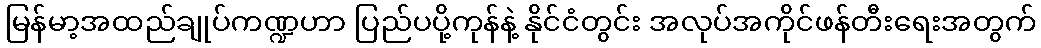
မြန်မာ့အထည်ချုပ်ကဏ္ဍဟာ ပြည်ပပို့ကုန်နဲ့ နိုင်ငံတွင်း အလုပ်အကိုင်ဖန်တီးရေးအတွက်